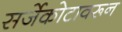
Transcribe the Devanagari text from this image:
सर्जेकोटावरून